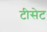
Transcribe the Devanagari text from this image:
टीसेट